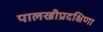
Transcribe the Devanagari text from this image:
पालखीप्रदक्षिणा